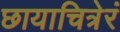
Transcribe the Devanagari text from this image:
छायाचित्रेरं